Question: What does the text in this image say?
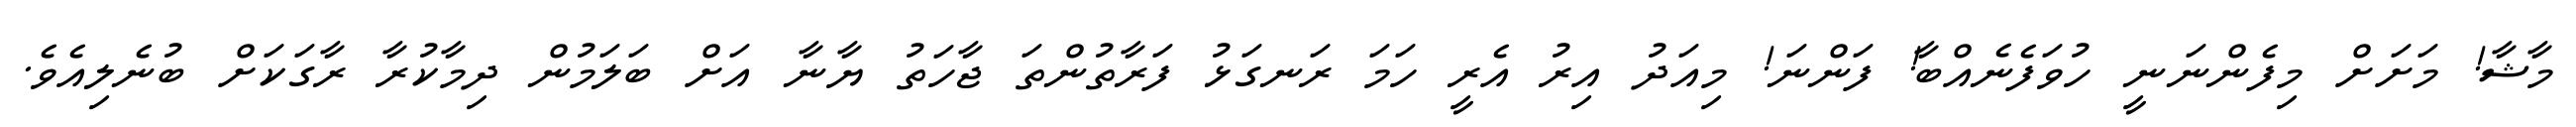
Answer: މާޝާ! މަށަށް މިފެންނަނީ ހުވަފެނެއްބާ! ފަންނަ! މިއަދު އިރު އެރީ ހަމަ ރަނގަޅު ފަރާތުންތަ ޖާހަތު ޔާނާ އަށް ބަލަމުން ދިމާކުރާ ރާގަކަށް ބުނެލިއެވެ.